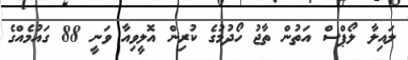
ލައިލާ ލޯޕްސް އަތުން ތާޖު ހޯދުމުގެ ކުރިން އޮލީވިއާ ވަނީ 88 ގައުމެއްގެ